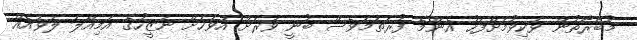
މުބާރާތުން ވަކިވުމަށްފަހު އެންމެ ފުރަތަމަވެސް ބުނީ ވަރަށް އަވަހަށް ނަޒީހުގެ އަމިއްލަ ލަވައެއް